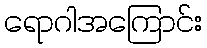
ရောဂါအကြောင်း